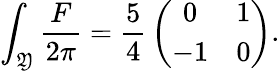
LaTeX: {\int_{\mathfrak{Y}}{\frac{{F}}{{2\pi}}}={\frac{{5}}{{4}}}\left(\begin{array}{cc}{{0}}&{{1}}\\ {{-1}}&{{0}}\end{array}\right).}